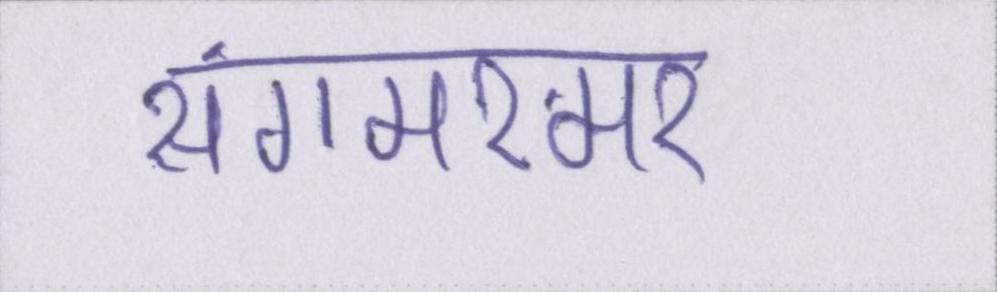
संगमरमर